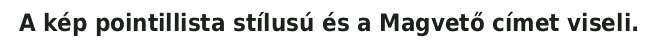
A kép pointillista stílusú és a Magvető címet viseli.